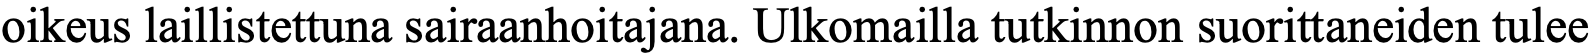
oikeus laillistettuna sairaanhoitajana. Ulkomailla tutkinnon suorittaneiden tulee